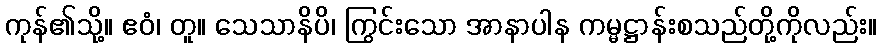
ကုန်၏သို့။ ဧဝံ၊ တူ။ သေသာနိပိ၊ ကြွင်းသော အာနာပါန ကမ္မဋ္ဌာန်းစသည်တို့ကိုလည်း။